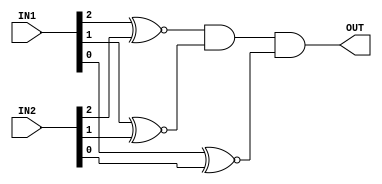
module comparator(IN1,IN2,OUT);
	input[0:2] IN1,IN2;
	output OUT;

	//xnor each bit and did and operation 
	assign #0.9 OUT = IN1[0]~^IN2[0] && IN1[1]~^IN2[1] && IN1[2]~^IN2[2];   
endmodule